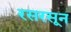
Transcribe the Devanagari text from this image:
रसरसून